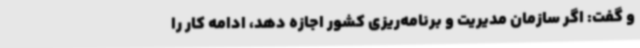
و گفت: اگر سازمان مدیریت و برنامه‌ریزی کشور اجازه دهد، ادامه کار را